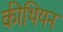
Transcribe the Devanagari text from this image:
कीथियन